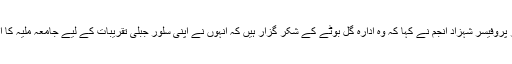
اس موقع پر پروفیسر شہزاد انجم نے کہا کہ وہ ادارہ گل بوٹے کے شکر گزار ہیں کہ انہوں نے اپنی سلور جبلی تقریبات کے لیے جامعہ ملیہ کا انتخاب کیا ۔